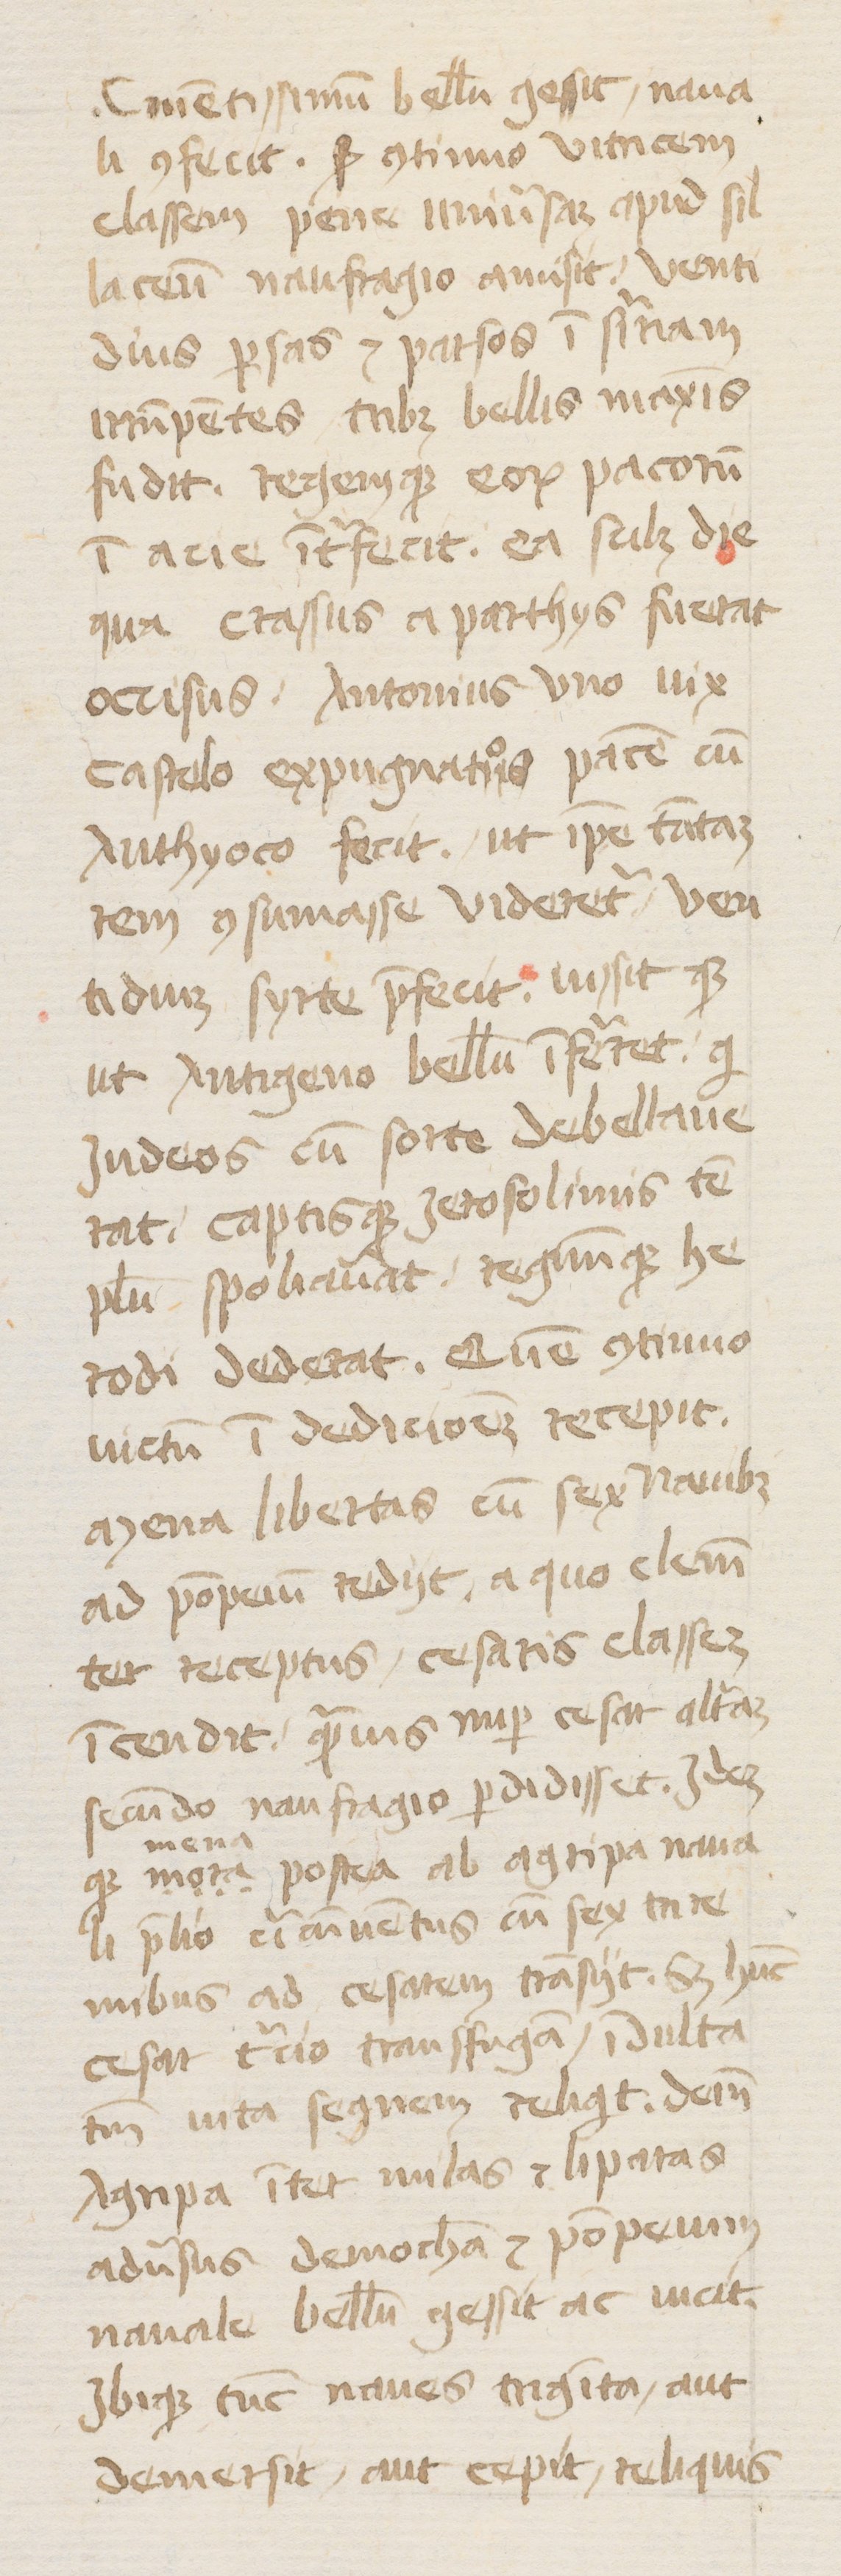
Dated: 1400–1415